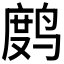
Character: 𫛻